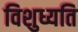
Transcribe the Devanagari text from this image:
विशुध्यति